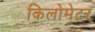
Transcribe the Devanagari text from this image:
किलोमेटर